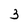
Character: 3